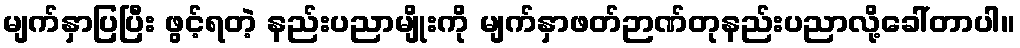
မျက်နှာပြပြီး ဖွင့်ရတဲ့ နည်းပညာမျိုးကို မျက်နှာဖတ်ဉာဏ်တုနည်းပညာလို့ခေါ်တာပါ။